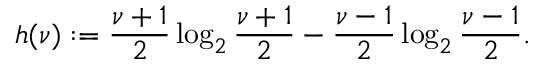
h ( \nu ) : = \frac { \nu + 1 } { 2 } \log _ { 2 } \frac { \nu + 1 } { 2 } - \frac { \nu - 1 } { 2 } \log _ { 2 } \frac { \nu - 1 } { 2 } .